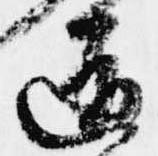
道